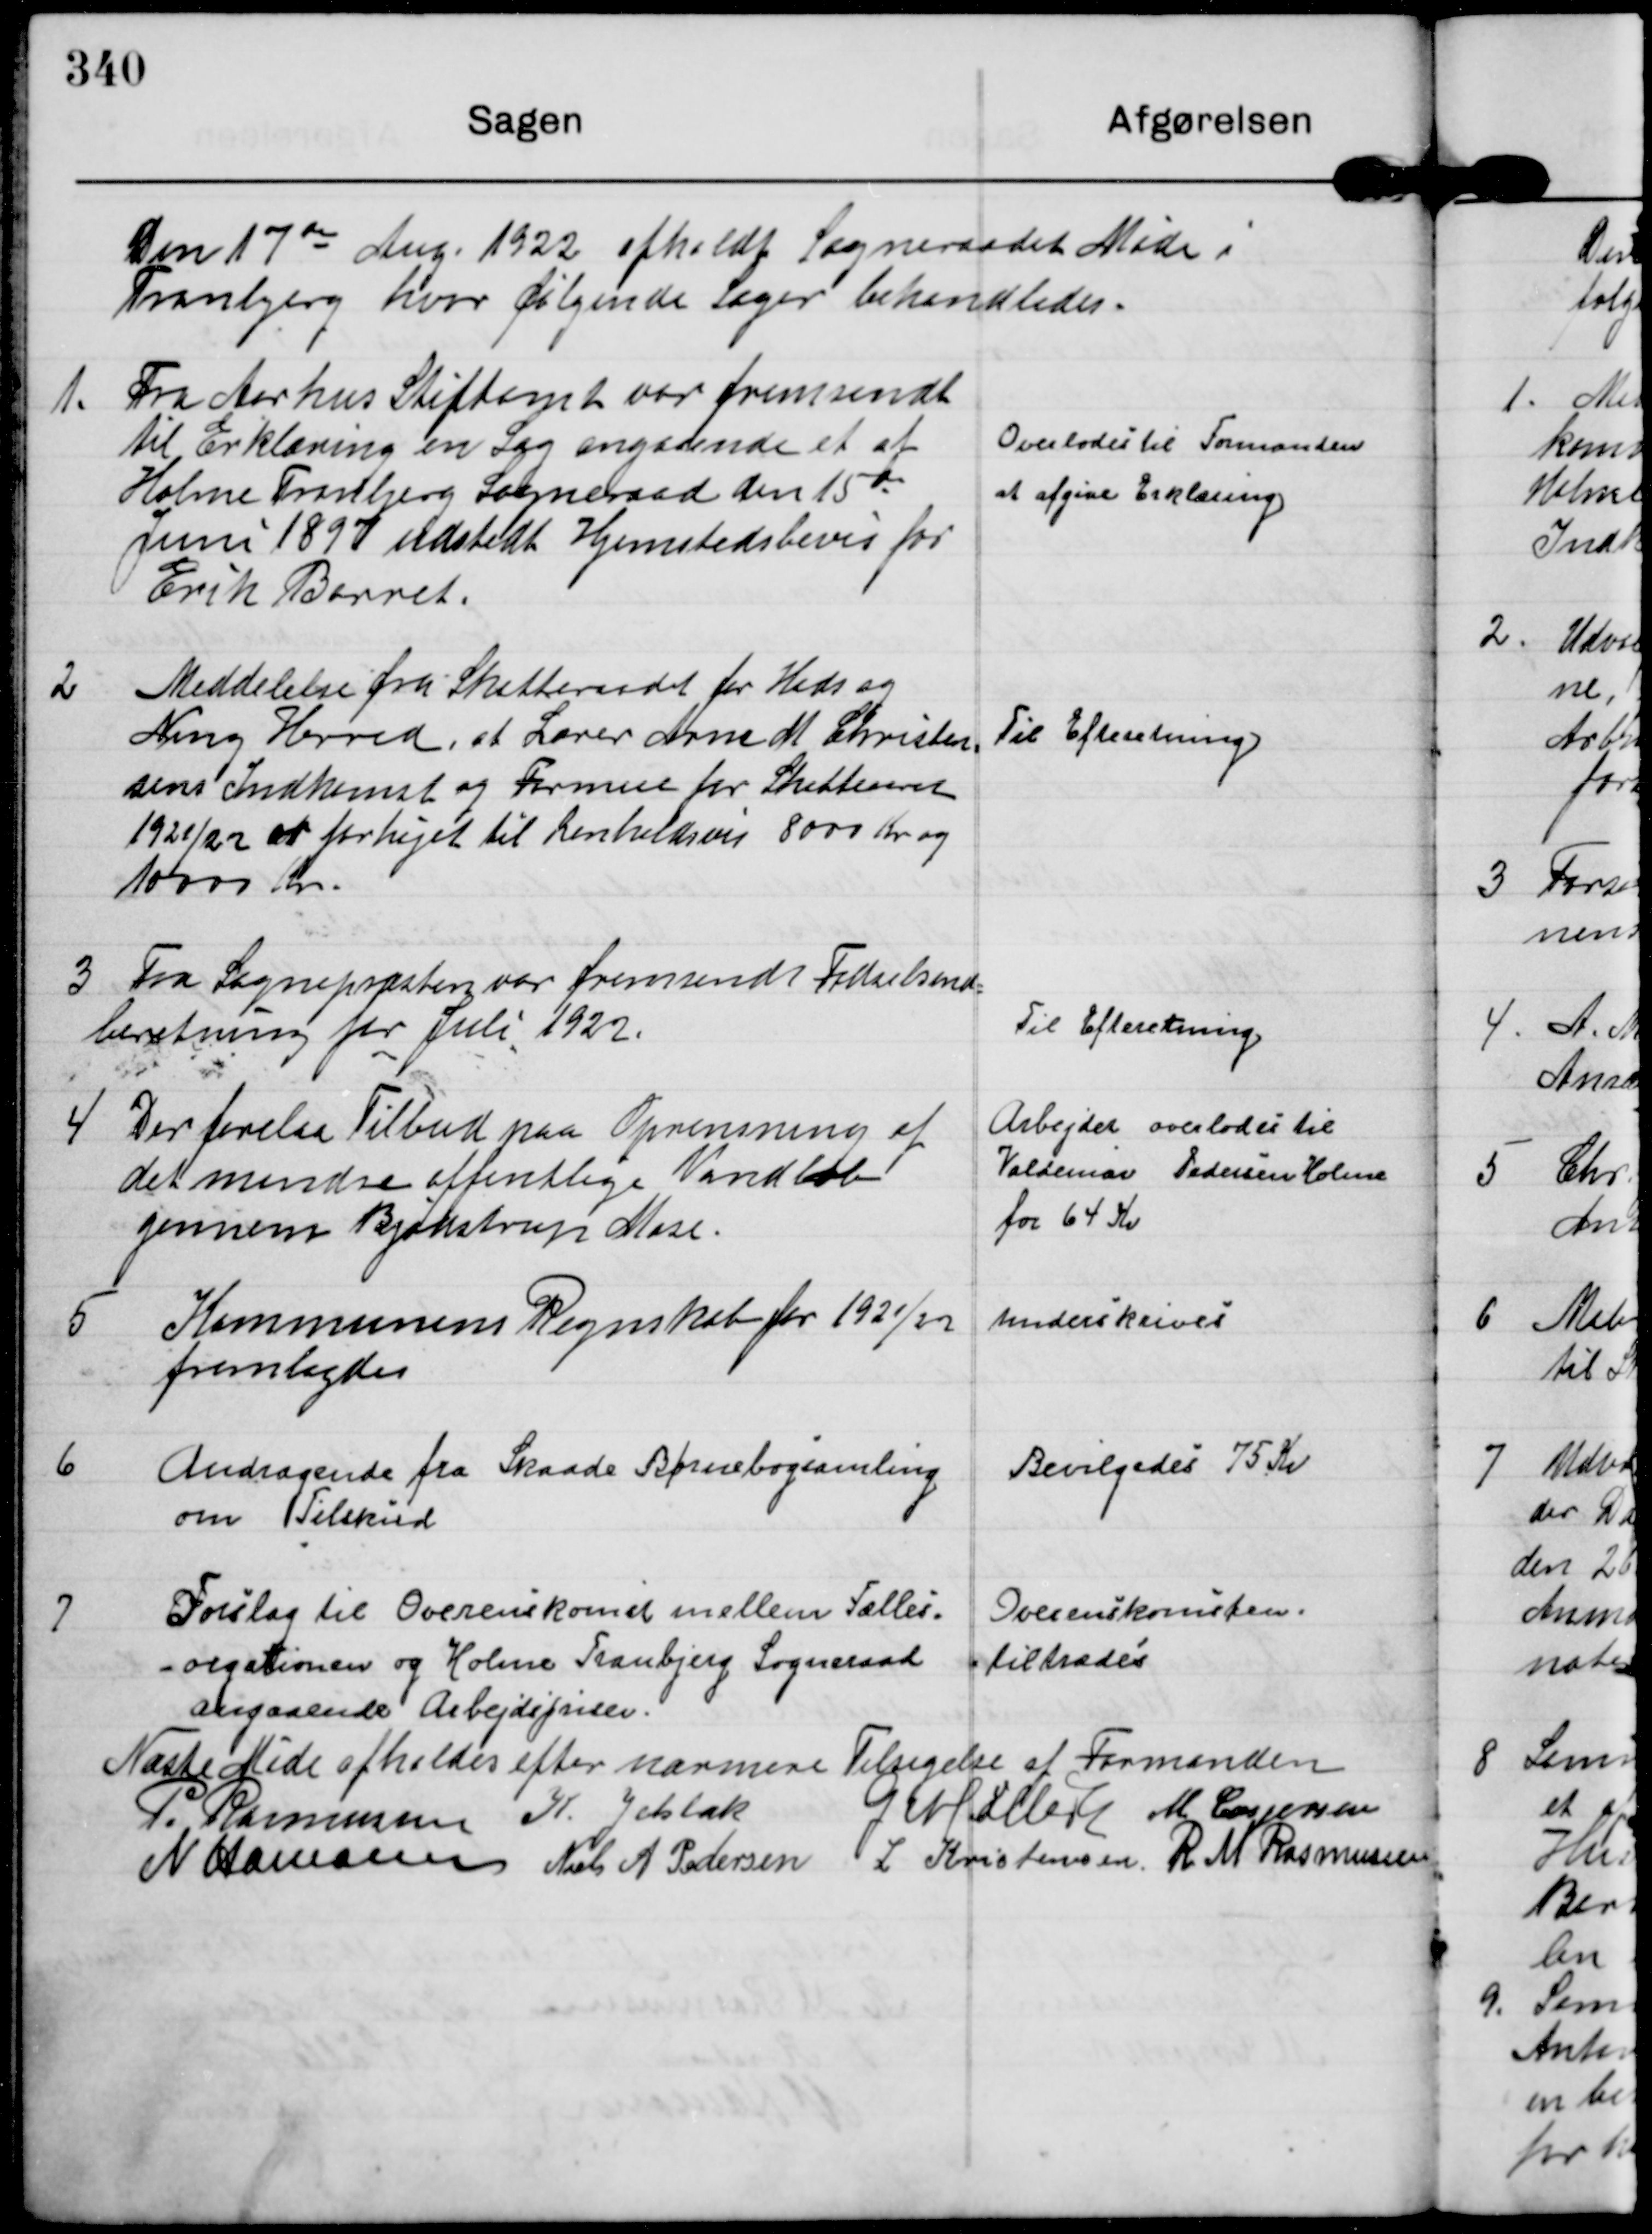
Transskription:
Den 17de Aug.1922 afholdt Sogneraadet Møde i
Tranbjerg hvor følgende sager behandledes.

1. Fra Aarhus Stiftamt var fremsendt
til Erklæring en Sag angaaende et af
Holme Tranbjerg Sogneraad den 15de
Juni 1897 udstedt Hjemstedsbevis for
Erik Barret

Overlodes til Formanden
at afgive Erklæring

2 Meddelelse fra Skatteraadet for Hads og
Ning Herred, at Lærer Arne M Christen-
sens Indkomst og Formue for Skatteaaret
1921/22 er forhøjet til henholdsvis 8000 Kr og
10000 Kr.

Til Efteretning.

3 Fra Sognepræsten var fremsendt Fødselsind-
beretning for Juli 1922.

Til Efteretning.

4 Der forelaa Tilbud paa Oprensning af
det mindre offentlige Vandløb
gennem Bjødstrup Mose.

Arbejdet overlades til
Valdemar Pedersen Holme
for 64 Kr.

5 Kommunens Regnskab for 1921/22
fremlagdes

underskrives

6 Andragende fra Skaade Børnebogsamling
om Tilskud

Bevilgedes 75 Kr

7 Forslag til Overenskomst mellem Fælles-
orgationen og Holme Tranbjerg Sogneraad
angaaende Arbejdspriser.

Overenskomsten.
tiltrædes

Næste Møde afholdes efter nærmere Tilsigelse af Formanden

P. Rasmussen K. Jelsbak G Møller M Caspersen
N Hamann Niels A Pedersen L Kristensen R M Rasmussen